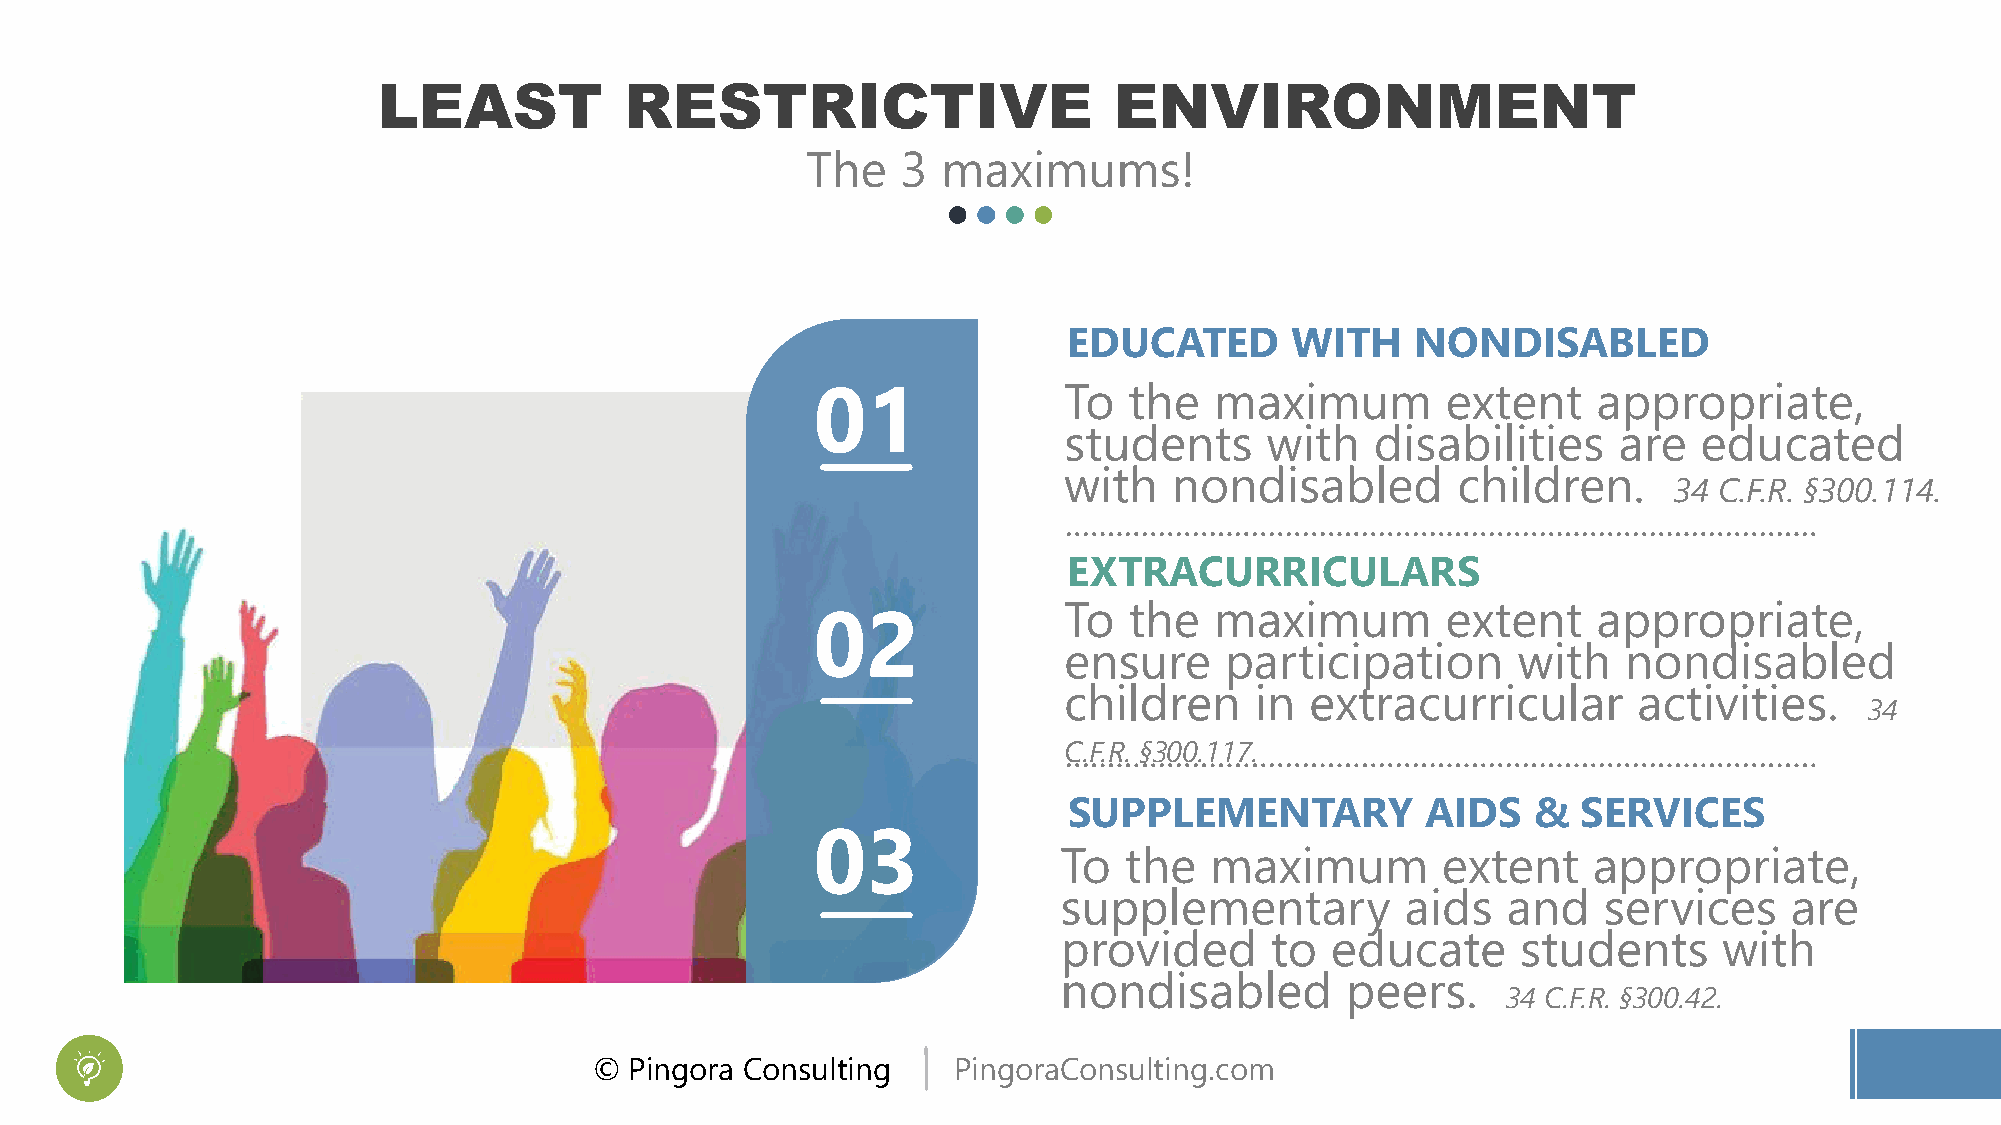
LEAST           RESTRICTIVE                      ENVIRONMENT
 The    3 maximums!
 EDUCATED      WITH     NONDISABLED
 01              To   the  maximum         extent    appropriate,
 students      with   disabilities    are   educated
 with    nondisabled       children.
 34 C.F.R. §300.114.
 EXTRACURRICULARS
 To   the  maximum         extent    appropriate,
 02
 ensure     participation      with    nondisabled
 children     in  extracurricular      activities.
 34
 C.F.R. §300.117.
 SUPPLEMENTARY          AIDS   &   SERVICES
 03
 To  the   maximum        extent    appropriate,
 supplementary          aids   and   services    are
 provided      to  educate      students     with
 nondisabled        peers.
 34 C.F.R. §300.42.
 ©  Pingora Consulting   PingoraConsulting.com